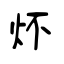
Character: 炋